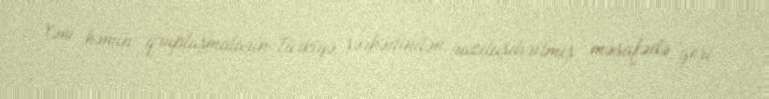
Yəni həmin qruplaşmaların Türkiyə sərhədindən razılaşdırılmış məsafədə geri